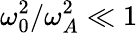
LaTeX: \omega_{0}^{2}/\omega_{A}^{2}\ll 1